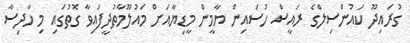
ގުރައިދޫ ކައުންސިލްގެ ރައީސް ހުސައިން ޔާމީން މީޑިޔާއަށް މައުލޫމާތުދީފައިވާ ގޮތުގައި މި ހާދިސާ